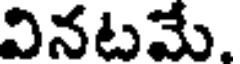
వినటమే.